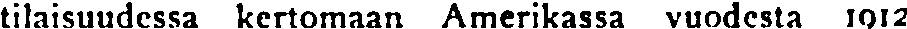
tilaisuudessa kertomaan Amerikassa vuodesta 1912